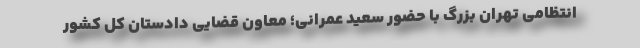
انتظامی تهران بزرگ با حضور سعید عمرانی؛ معاون قضایی دادستان کل کشور